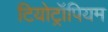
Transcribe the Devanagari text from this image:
टियोट्रॉपियम